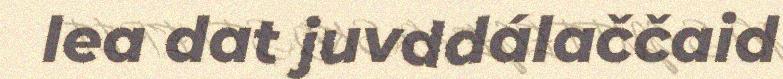
lea dat juvddálaččaid